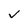
Character: v